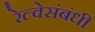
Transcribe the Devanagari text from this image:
रेल्वेसंबंधी